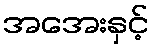
အအေးနှင့်